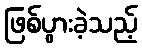
ဖြစ်ပွားခဲ့သည့်